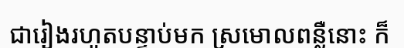
ជារៀងរហូតបន្ទាប់មក ស្រមោលពន្លឺនោះ ក៏